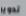
تدوير